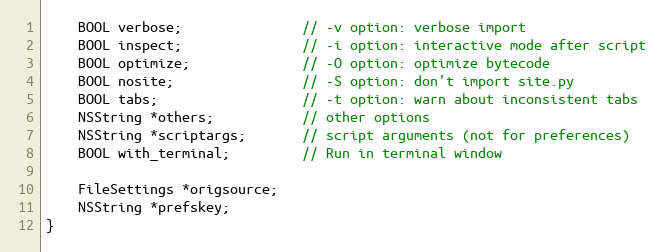
Language: C
    BOOL verbose;               // -v option: verbose import
    BOOL inspect;               // -i option: interactive mode after script
    BOOL optimize;              // -O option: optimize bytecode
    BOOL nosite;                // -S option: don't import site.py
    BOOL tabs;                  // -t option: warn about inconsistent tabs
    NSString *others;           // other options
    NSString *scriptargs;       // script arguments (not for preferences)
    BOOL with_terminal;         // Run in terminal window

    FileSettings *origsource;
    NSString *prefskey;
}